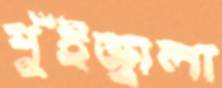
পুঁইজ্বালা